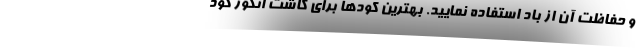
و حفاظت آن از باد استفاده نمایید. بهترین کودها برای کاشت انگور گود